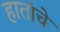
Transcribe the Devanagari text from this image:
हातांचे